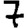
Digit: 7